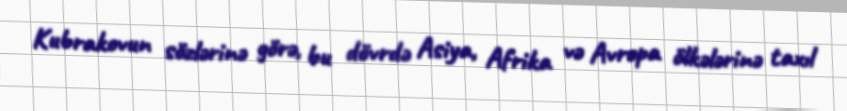
Kubrakovun sözlərinə görə, bu dövrdə Asiya, Afrika və Avropa ölkələrinə taxıl